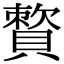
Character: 𧷕